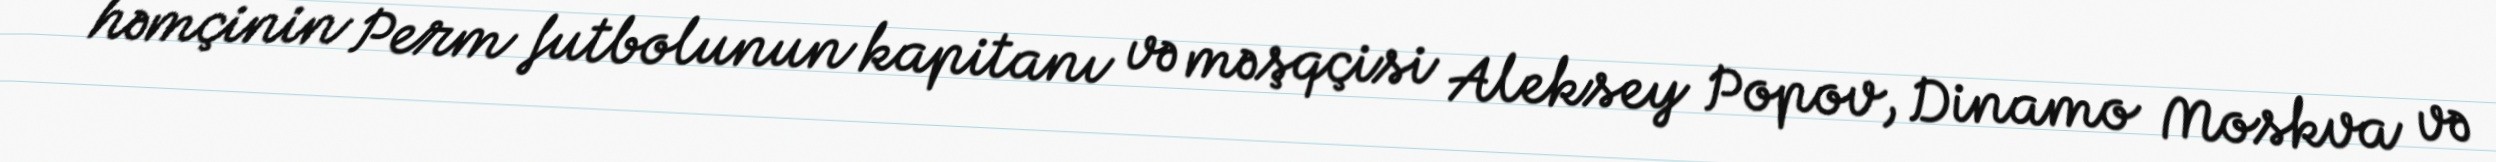
həmçinin Perm futbolunun kapitanı və məşqçisi Aleksey Popov, Dinamo Moskva və